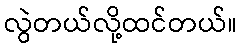
လွဲတယ်လို့ထင်တယ်။